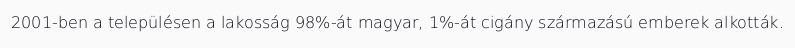
2001-ben a településen a lakosság 98%-át magyar, 1%-át cigány származású emberek alkották.